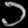
Digit: ၁